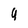
Character: 9